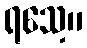
ရသေ့။